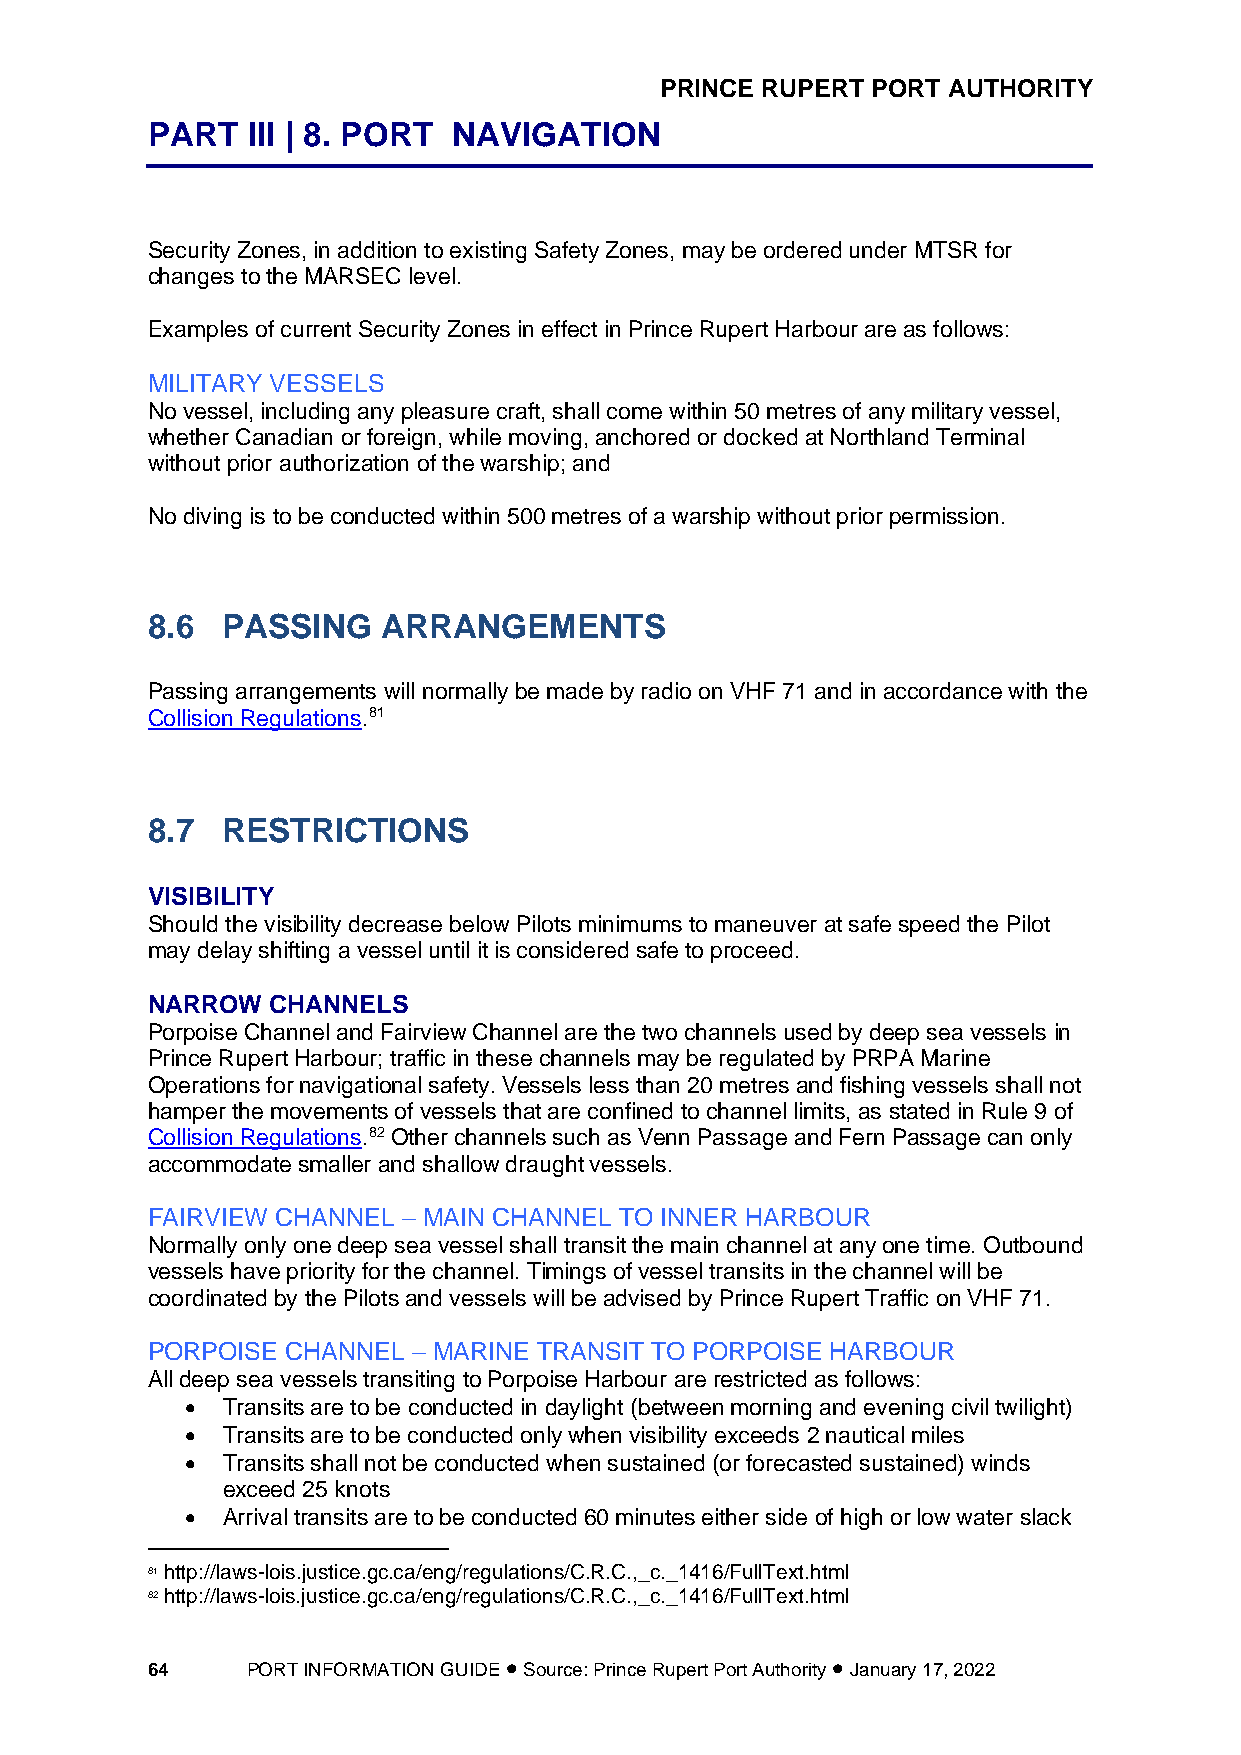
PRINCE RUPERT PORT AUTHORITY
 PART  III | 8. PORT NAVIGATION
 Security Zones, in addition to existing Safety Zones, may be ordered under MTSR for
 changes to the MARSEC level.
 Examples of current Security Zones in effect in Prince Rupert Harbour are as follows:
 MILITARY VESSELS
 No vessel, including any pleasure craft, shall come within 50 metres of any military vessel,
 whether Canadian or foreign, while moving, anchored or docked at Northland Terminal
 without prior authorization of the warship; and
 No diving is to be conducted within 500 metres of a warship without prior permission.
 8.6  PASSING   ARRANGEMENTS
 Passing arrangements will normally be made by radio on VHF 71 and in accordance with the
 Collision Regulations.81
 8.7  RESTRICTIONS
 VISIBILITY
 Should the visibility decrease below Pilots minimums to maneuver at safe speed the Pilot
 may delay shifting a vessel until it is considered safe to proceed.
 NARROW  CHANNELS
 Porpoise Channel and Fairview Channel are the two channels used by deep sea vessels in
 Prince Rupert Harbour; traffic in these channels may be regulated by PRPA Marine
 Operations for navigational safety. Vessels less than 20 metres and fishing vessels shall not
 hamper the movements of vessels that are confined to channel limits, as stated in Rule 9 of
 Collision Regulations.82 Other channels such as Venn Passage and Fern Passage can only
 accommodate smaller and shallow draught vessels.
 FAIRVIEW CHANNEL – MAIN CHANNEL TO INNER HARBOUR
 Normally only one deep sea vessel shall transit the main channel at any one time. Outbound
 vessels have priority for the channel. Timings of vessel transits in the channel will be
 coordinated by the Pilots and vessels will be advised by Prince Rupert Traffic on VHF 71.
 PORPOISE CHANNEL – MARINE TRANSIT TO PORPOISE HARBOUR
 All deep sea vessels transiting to Porpoise Harbour are restricted as follows:
 •  Transits are to be conducted in daylight (between morning and evening civil twilight)
 •  Transits are to be conducted only when visibility exceeds 2 nautical miles
 •  Transits shall not be conducted when sustained (or forecasted sustained) winds
 exceed 25 knots
 •  Arrival transits are to be conducted 60 minutes either side of high or low water slack
 81 http://laws-lois.justice.gc.ca/eng/regulations/C.R.C.,_c._1416/FullText.html
 82 http://laws-lois.justice.gc.ca/eng/regulations/C.R.C.,_c._1416/FullText.html
 64    PORT INFORMATION GUIDE • Source: Prince Rupert Port Authority • January 17, 2022